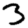
Digit: 3